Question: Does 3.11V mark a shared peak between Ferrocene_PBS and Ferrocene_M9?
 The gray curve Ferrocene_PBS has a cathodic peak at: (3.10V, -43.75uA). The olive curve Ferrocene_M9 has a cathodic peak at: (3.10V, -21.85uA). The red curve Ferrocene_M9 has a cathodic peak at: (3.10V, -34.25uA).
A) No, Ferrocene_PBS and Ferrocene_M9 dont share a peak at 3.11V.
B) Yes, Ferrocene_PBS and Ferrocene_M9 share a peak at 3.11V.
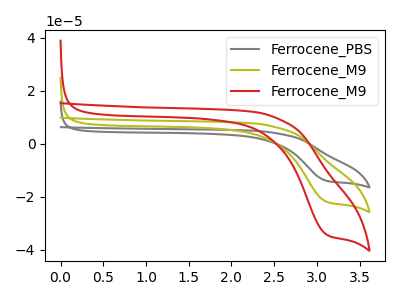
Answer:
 <answer>B) Yes, "Ferrocene_PBS" and "Ferrocene_M9" share a peak at 3.11V.</answer>
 <eval>B</eval>